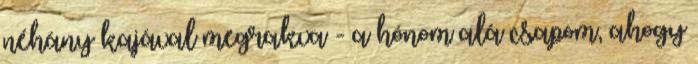
néhány kajával megrakva - a hónom alá csapom, ahogy